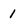
Character: l